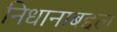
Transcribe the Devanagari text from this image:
निधानाबद्दल